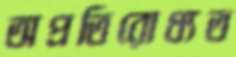
অপ্রতিরোধ্যত